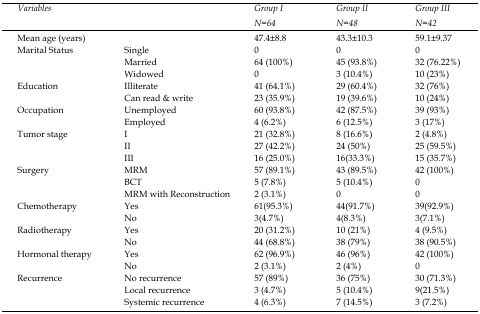
<table><thead><tr><td rowspan="2"><b><i>Variables</i></b></td><td rowspan="2"></td><td><b><i>Group I</i></b></td><td><b><i>Group II</i></b></td><td><b><i>Group III</i></b></td></tr><tr><td><b><i>N=64</i></b></td><td><b><i>N=48</i></b></td><td><b><i>N=42</i></b></td></tr></thead><tbody><tr><td>Mean age (years)</td><td></td><td>47.4±8.8</td><td>43.3±10.3</td><td>59.1±9.37</td></tr><tr><td rowspan="3">Marital Status</td><td>Single</td><td>0</td><td>0</td><td>0</td></tr><tr><td>Married</td><td>64 (100%)</td><td>45 (93.8%)</td><td>32 (76.22%)</td></tr><tr><td>Widowed </td><td>0</td><td>3 (10.4%)</td><td>10 (23%)</td></tr><tr><td rowspan="2">Education</td><td>Illiterate</td><td>41 (64.1%)</td><td>29 (60.4%)</td><td>32 (76%)</td></tr><tr><td>Can read &amp; write</td><td>23 (35.9%)</td><td>19 (39.6%)</td><td>10 (24%)</td></tr><tr><td rowspan="2">Occupation</td><td>Unemployed</td><td>60 (93.8%)</td><td>42 (87.5%)</td><td>39 (93%)</td></tr><tr><td>Employed</td><td>4 (6.2%)</td><td>6 (12.5%)</td><td>3 (17%)</td></tr><tr><td rowspan="3">Tumor stage</td><td>I</td><td>21 (32.8%)</td><td>8 (16.6%)</td><td>2 (4.8%)</td></tr><tr><td>II</td><td>27 (42.2%)</td><td>24 (50%)</td><td>25 (59.5%)</td></tr><tr><td>III</td><td>16 (25.0%)</td><td>16(33.3%)</td><td>15 (35.7%)</td></tr><tr><td rowspan="3">Surgery</td><td>MRM</td><td>57 (89.1%)</td><td>43 (89.5%)</td><td>42 (100%)</td></tr><tr><td>BCT</td><td>5 (7.8%)</td><td>5 (10.4%)</td><td>0</td></tr><tr><td>MRM with Reconstruction </td><td>2 (3.1%)</td><td>0</td><td>0</td></tr><tr><td rowspan="2">Chemotherapy</td><td>Yes</td><td>61(95.3%)</td><td>44(91.7%)</td><td>39(92.9%)</td></tr><tr><td>No</td><td>3(4.7%)</td><td>4(8.3%)</td><td>3(7.1%)</td></tr><tr><td rowspan="2">Radiotherapy</td><td>Yes</td><td>20 (31.2%)</td><td>10 (21%)</td><td>4 (9.5%)</td></tr><tr><td>No</td><td>44 (68.8%)</td><td>38 (79%)</td><td>38 (90.5%)</td></tr><tr><td rowspan="2">Hormonal therapy</td><td>Yes</td><td>62 (96.9%)</td><td>46 (96%)</td><td>42 (100%)</td></tr><tr><td>No</td><td>2 (3.1%)</td><td>2 (4%)</td><td>0</td></tr><tr><td rowspan="3">Recurrence</td><td>No recurrence</td><td>57 (89%)</td><td>36 (75%)</td><td>30 (71.3%)</td></tr><tr><td>Local recurrence</td><td>3 (4.7%)</td><td>5 (10.4%)</td><td>9(21.5%)</td></tr><tr><td>Systemic recurrence</td><td>4 (6.3%)</td><td>7 (14.5%)</td><td>3 (7.2%)</td></tr></tbody></table>